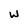
Character: w